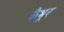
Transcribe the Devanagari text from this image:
कैभूर